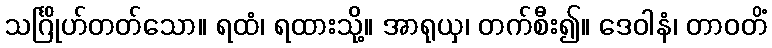
သင်္ဂြိုဟ်တတ်သော။ ရထံ၊ ရထားသို့။ အာရုယှ၊ တက်စီး၍။ ဒေဝါနံ၊ တာဝတိံ